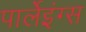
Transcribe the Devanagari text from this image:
पार्लेइंग्स